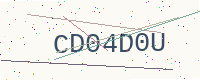
Text: CD04D0U